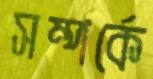
সম্পর্কে